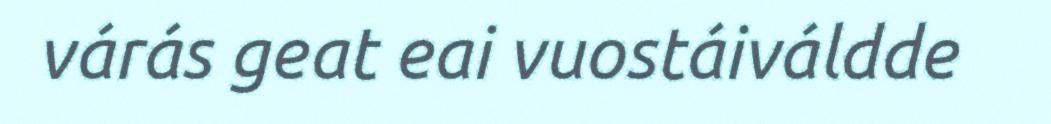
várás geat eai vuostáiváldde